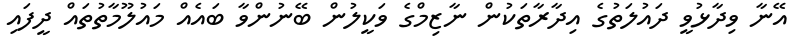
އޭނާ ވިދާޅުވީ ދައުލަތުގެ އިދާރާތަކުން ނާޒިމްގެ ވަކީލުން ބޭނުންވާ ބައެއް މައުލޫމާތުތައް ދީފައި